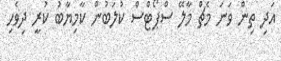
އަދި ތިން ވަނަ މެޗް މާލޭ ސްޕޯޓްސް ކުލަބުން ކާމިޔާބު ކުރީ ދިވެހި